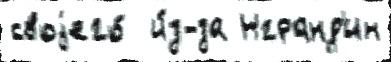
своjего́  и́з-за Нгранд'ин